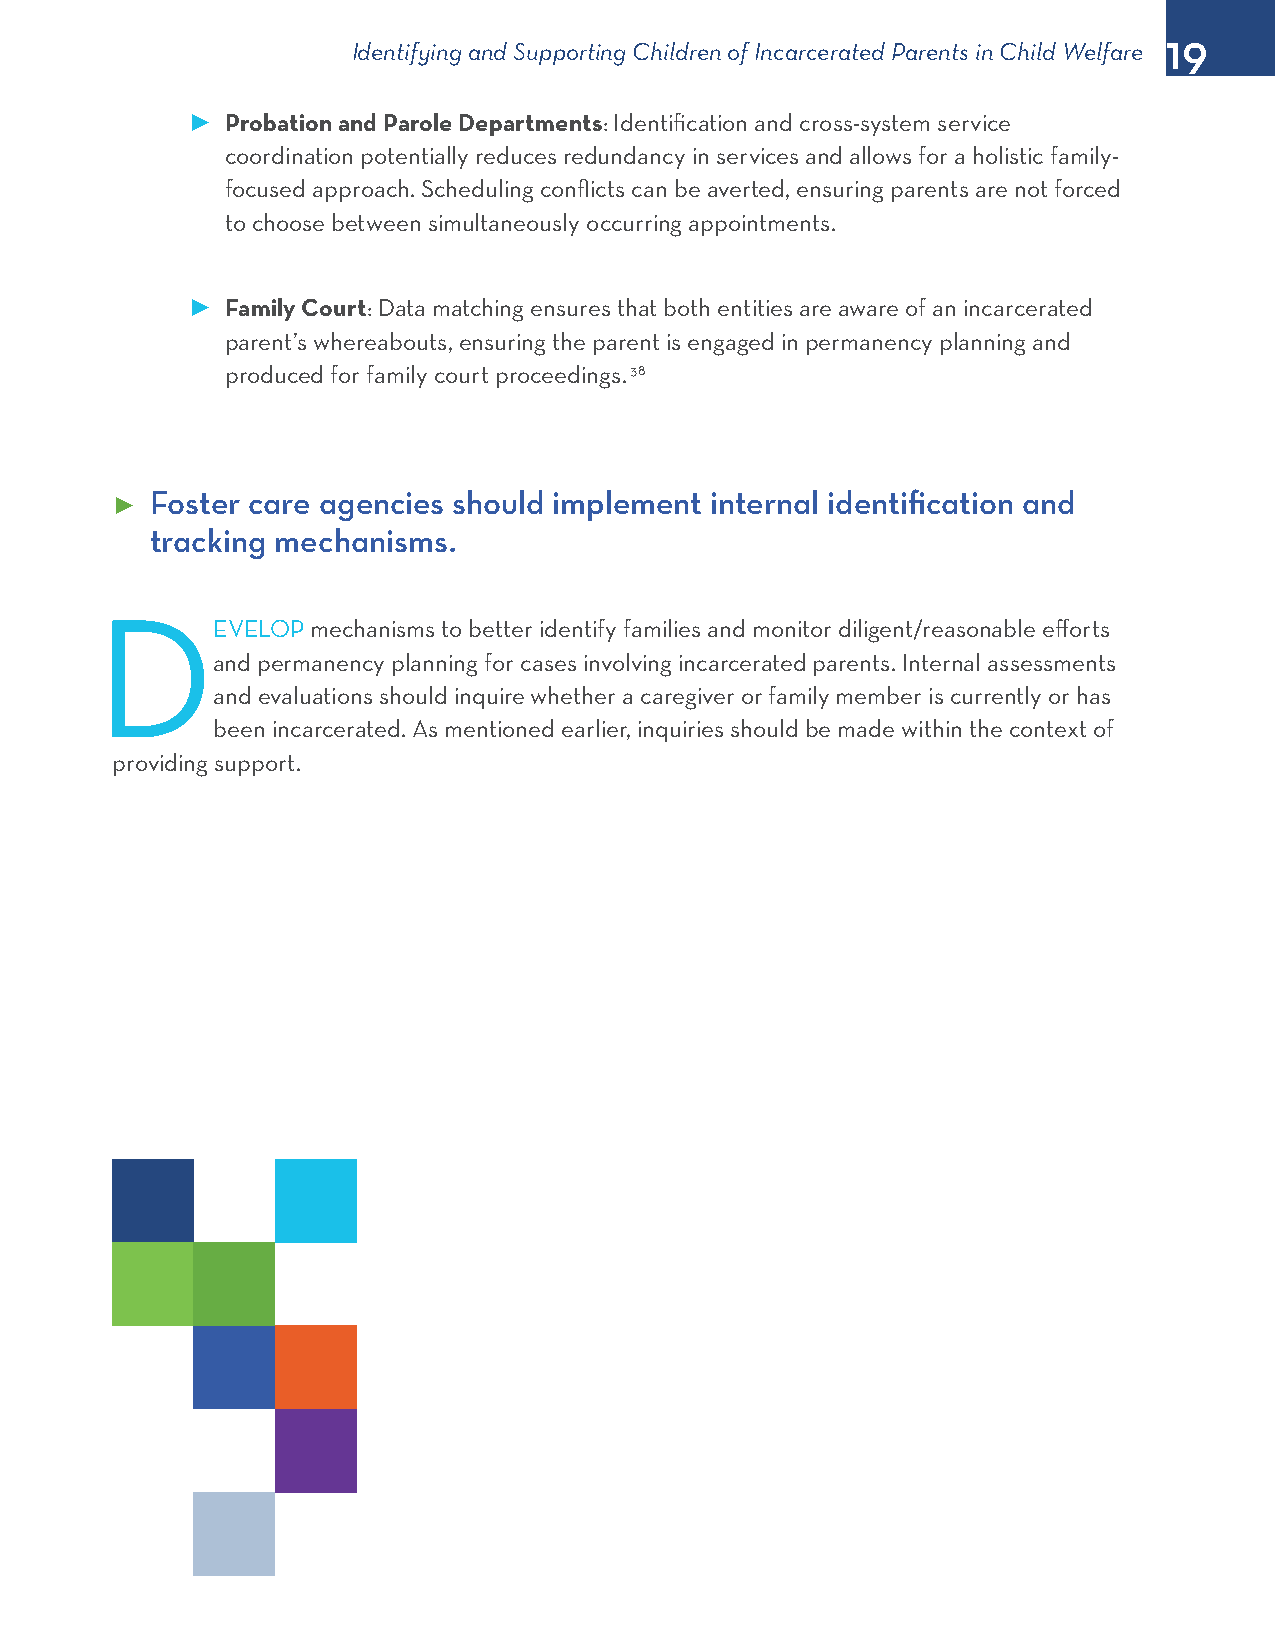
19
 Identifying and Supporting Children of Incarcerated Parents in Child Welfare
 ►  Probation and Parole Departments: Identification and cross-system service
 coordination potentially reduces redundancy in services and allows for a holistic family-
 focused approach. Scheduling conflicts can be averted, ensuring parents are not forced
 to choose between simultaneously occurring appointments.
 ►  Family Court: Data matching ensures that both entities are aware of an incarcerated
 parent’s whereabouts, ensuring the parent is engaged in permanency planning and
 produced for family court proceedings. 38
 Foster care agencies should implement internal identification and
 ►
 tracking mechanisms.
 D
 EVELOP mechanisms to better identify families and monitor diligent/reasonable efforts
 and permanency planning for cases involving incarcerated parents. Internal assessments
 and evaluations should inquire whether a caregiver or family member is currently or has
 been incarcerated. As mentioned earlier, inquiries should be made within the context of
 providing support.